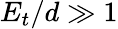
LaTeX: E_{t}/d\gg 1